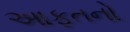
આફતનો